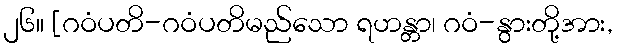
၂၆။ [ဂဝံပတိ-ဂဝံပတိမည်သော ရဟန္တာ၊ ဂဝံ-နွားတို့အား,